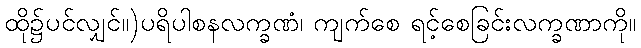
ထို၌ပင်လျှင်။)ပရိပါစနလက္ခဏံ၊ ကျက်စေ ရင့်စေခြင်းလက္ခဏာကို။